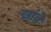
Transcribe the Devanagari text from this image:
खांबे